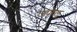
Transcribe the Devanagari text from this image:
उपोलू